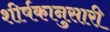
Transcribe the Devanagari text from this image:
शीर्षकानुसारी